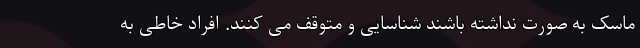
ماسک به صورت نداشته باشند شناسایی و متوقف می کنند. افراد خاطی به